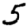
Digit: 5